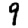
Digit: 9